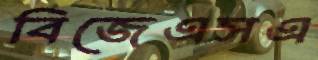
বিজেএসএ